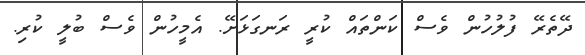
ދޭތެރޭ ފުލުހުން ވެސް ކަންތައް ކުރީ ރަނގަޅަށޭ. އެމީހުން ވެސް ބުލީ ކުރި.